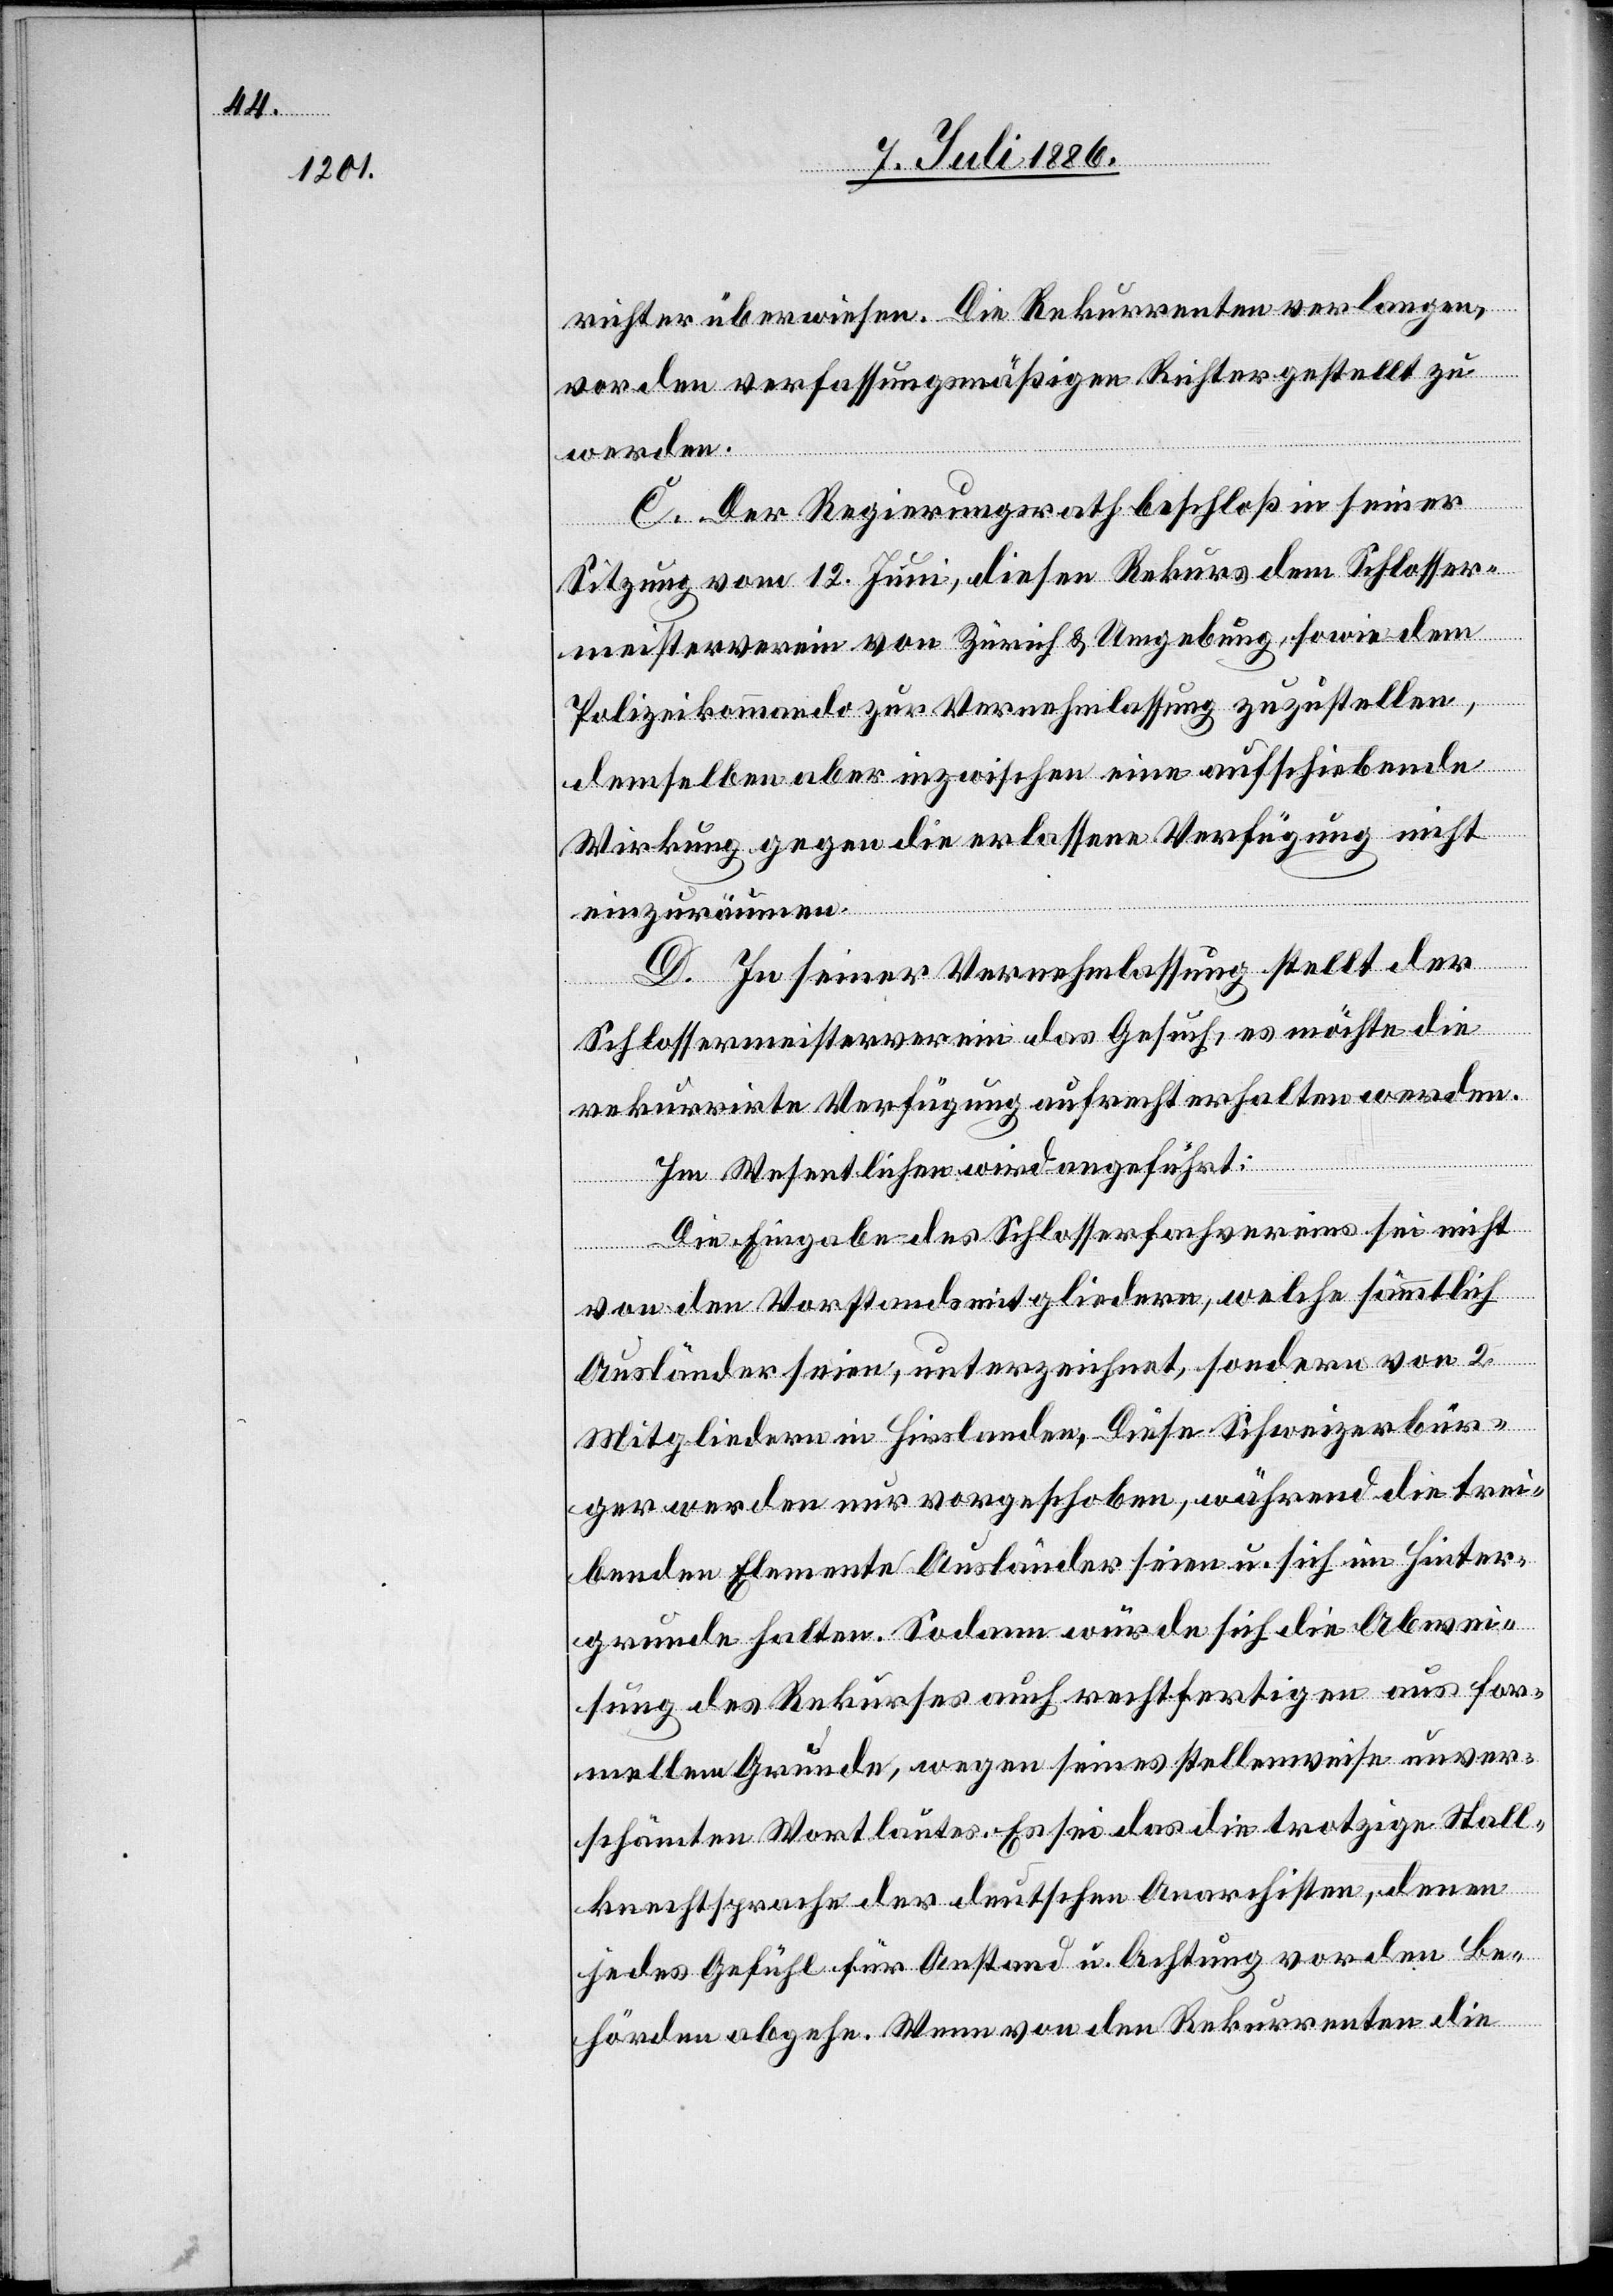
richter überwiesen. Die Rekurrenten verlangen,
vor den verfassungsmäßigen Richter gestellt zu
werden.
C. Der Regierungsrath beschloß in seiner
Sitzung vom 12. Juni, diesen Rekurs dem Schlosser¬
meisterverein von Zürich & Umgebung, sowie dem
Polizeikommando zur Vernehmlassung zuzustellen,
demselben aber inzwischen eine aufschiebende
Wirkung gegen die erlassene Verfügung nicht
einzuräumen.
D. In seiner Vernehmlassung stellt der
Schlossermeisterverein das Gesuch, es möchte die
rekurrirte Verfügung aufrecht erhalten werden.
Im Wesentlichen wird angeführt:
Die Eingabe des Schlosserfachvereins sei nicht
von den Vorstandsmitgliedern, welche sämmtlich
Ausländer seien, unterzeichnet, sondern von 2
Mitgliedern in Hirslanden. Diese Schweizerbür¬
ger werden nur vorgeschoben, während die trei¬
benden Elemente Ausländer seien u. sich im Hinter¬
grunde halten. Sodann würde sich die Abwei¬
sung des Rekurses auch rechtfertigen aus for¬
mellem Grunde, wegen seines stellenweise unver¬
schämten Wortlautes. Es sei das die trotzige Stall¬
knechtsprache der deutschen Anarchisten, denen
jedes Gefühl für Anstand u. Achtung vor den Be¬
hörden abgehe. Wenn von den Rekurrenten die